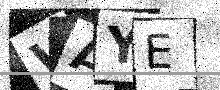
Text: WAYE